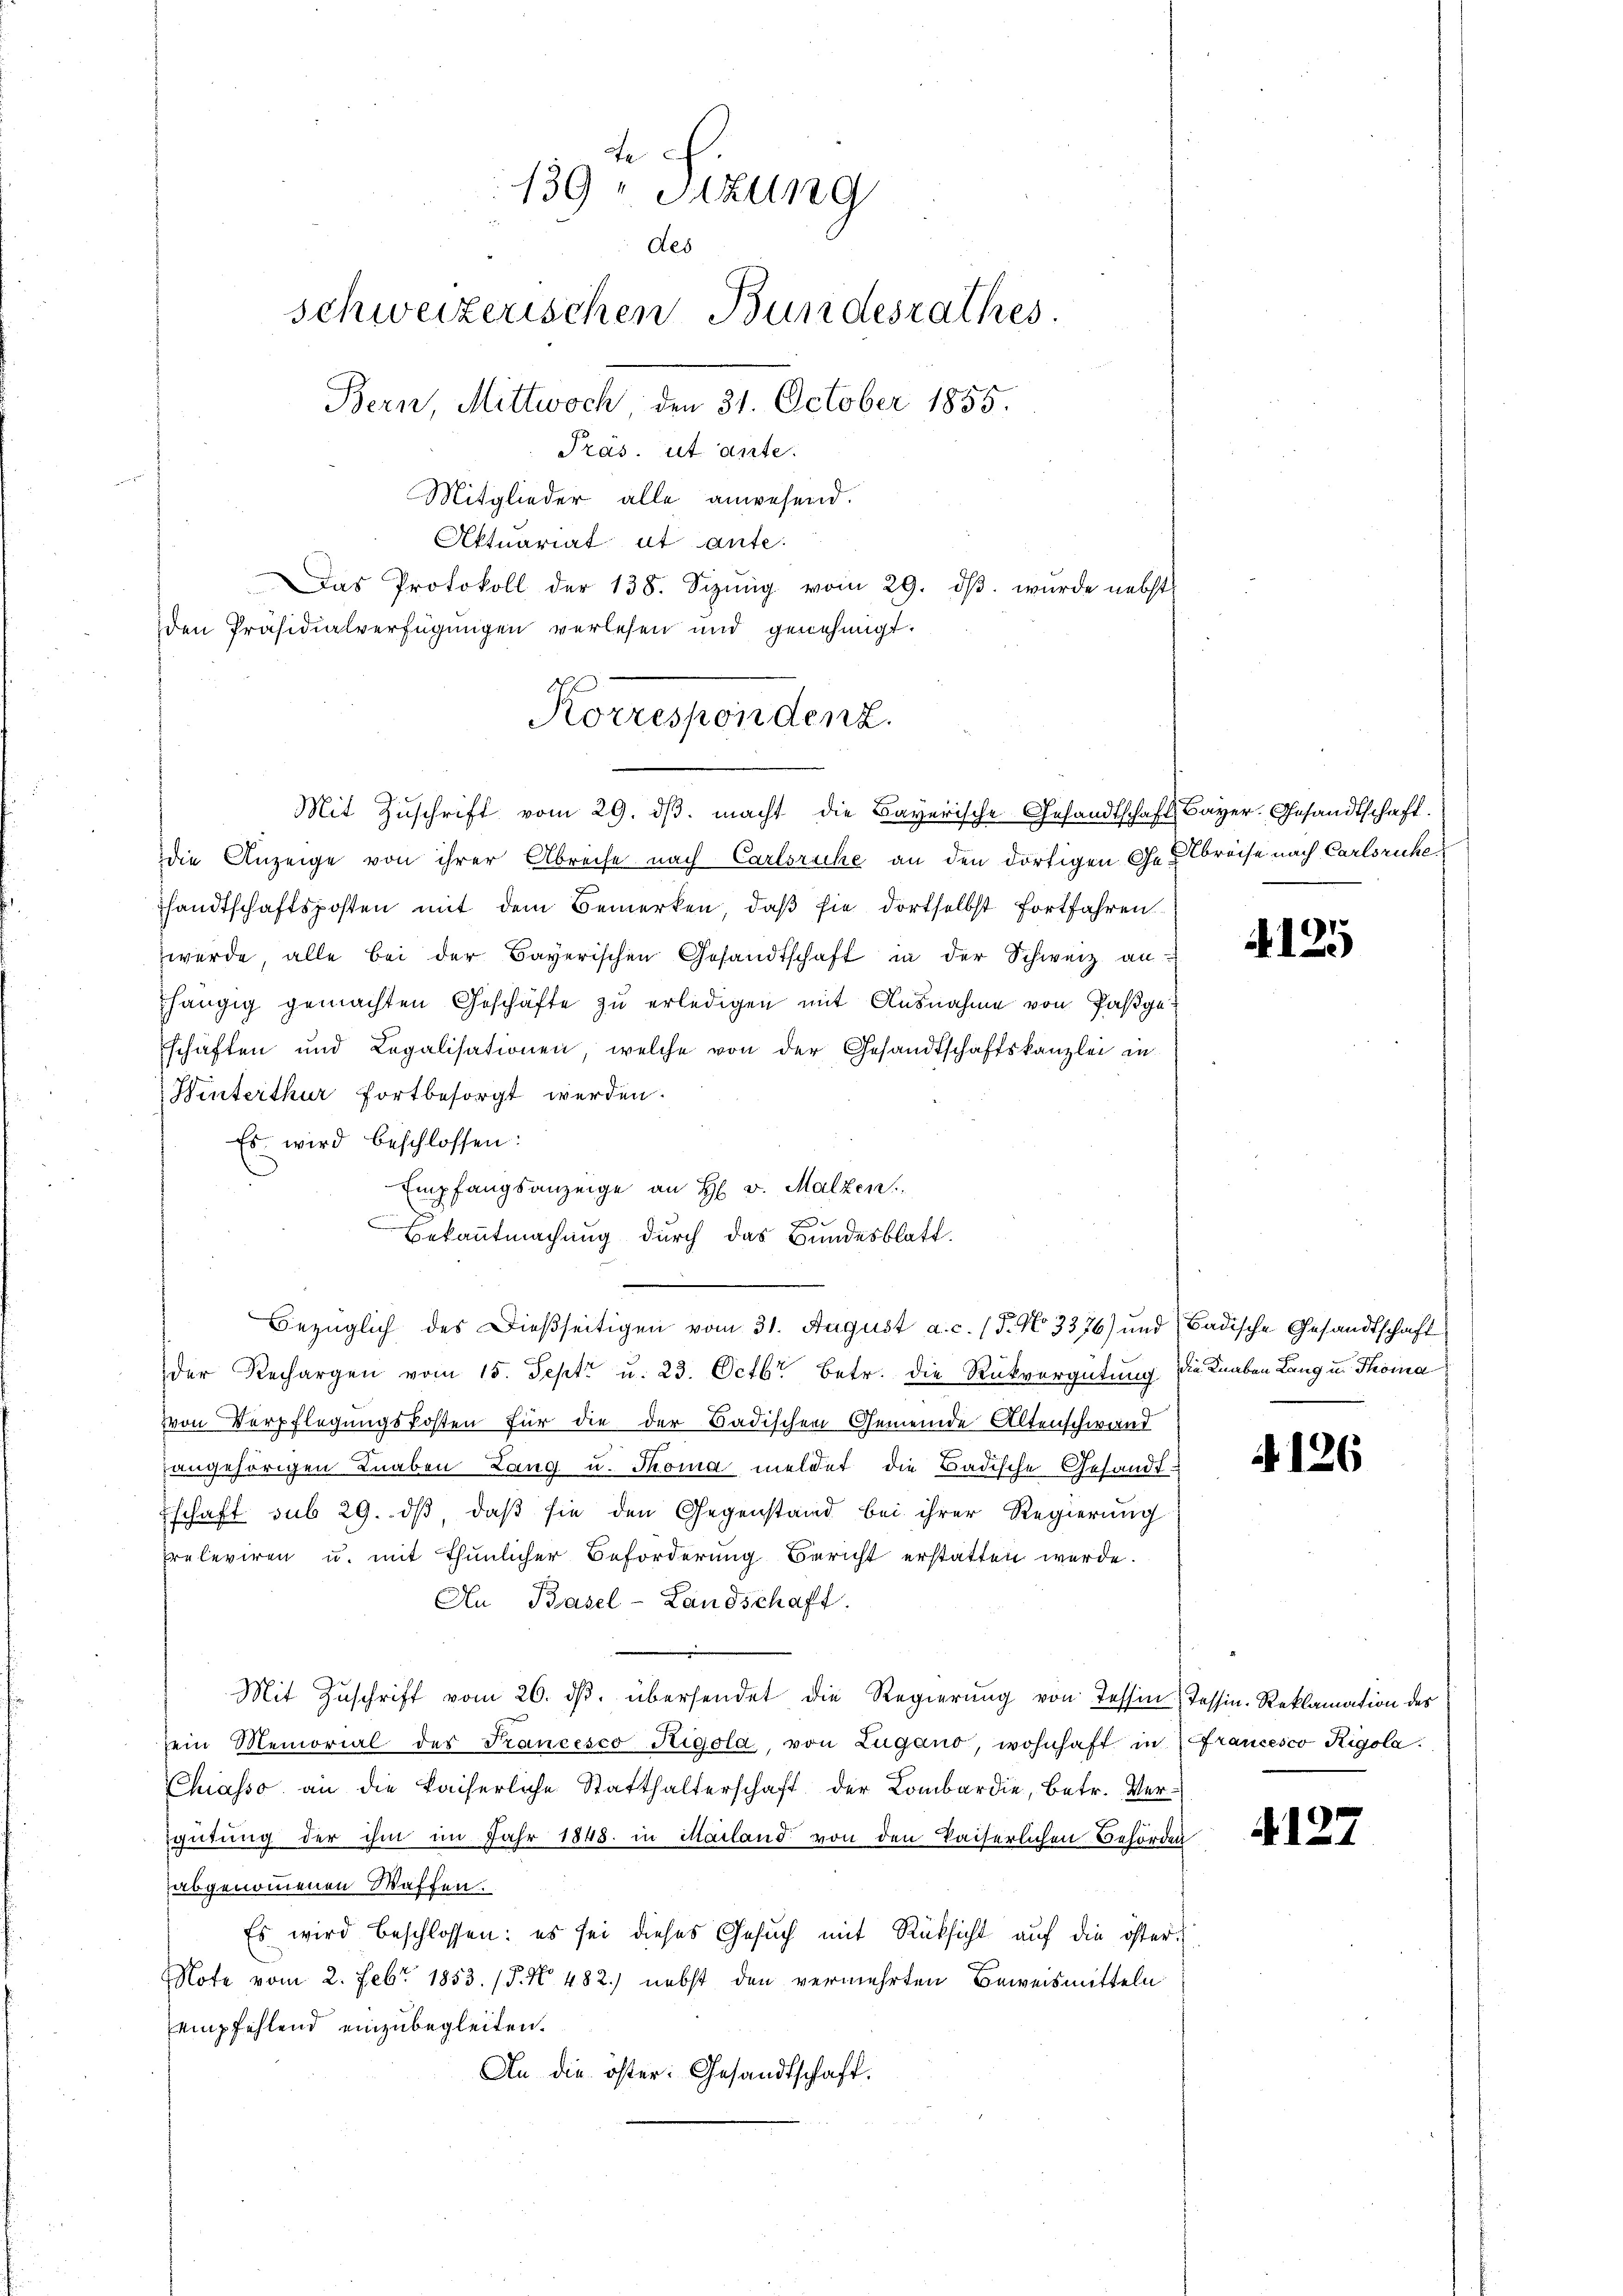
Korrespondenz.
Mit Zŭschrift vom 29. dβ. macht die Bayerische Gesandtschaft Bayer, Gesandtschaft.

139te Sizung
des
schweizerischen Bundesrathes.
Bern, Mittwoch, den 31. October 1855.
Präs. ut ante.
Mitglieder alle anwesend.
Aktuariat ut ante.
Das Protokoll der 138. Sizŭng vom 29. dβ. wurde nebst
den Präsidialverfügungen verlesen und genehmigt.

die Anzeige von ihrer Abreise nach Carlsruhe an den dortigen Gebreise nach Carlsruhe
sandtschaftsposten mit dem Bemerken, daß sie dortselbst fortfahren
werde, alle bei der Bayerischen Gesandtschaft in der Schweiz an
hängig gemachten Geschäfte zu erledigen mit Ausnahme von Paßgeschaften und Legalisationen, welche von der Gesandtschaftskanzlei in
Hinterthur fortbesorgt werden.
Es wird beschlossen:
Empfangsanzeige an H v. Malzen
Bekanntmachung durch das Bundesblatt.
.
der Rechargen vom 15. Sept. u. 23. Octbr. betr. die Rückvergütung die Knaben Lang u. Thoma
von Verpflegungskosten für die der Badischen Gemeinde Altenschwand
angehörigen Knaben Lang u. Thoma meldet die Badische Gesandtschaft sub 29. dβ, daß sie den Gegenstand bei ihrer Regierung
releviren u. mit thunlicher Beförderung Bericht erstatten werde.
An Basel-Landschaft.
Mit Zuschrift vom 26. ds. übersendet die Regierung von Tessin
sein Memorial des Francesco Rigola, von Zugano, wohnhaft in
Chiasso an die kaiserliche Statthalterschaft der Lombardie, betr. Vergütung der ihm im Jahr 1848. in Mailand von den kaiserlichen Behörden
abgenommenen Waffen.
Es wird beschlossen: es sei dieses Gesŭch mit Rüksicht auf die öster¬
Note vom 2. Febr. 1853. (§. N. 482) nebst den vermehrten Beweismitteln
empfehlend einzubegleiten.
An die öster: Gesandtschaft.

Bezüglich des Dießseitigen vom 31. August a. c. (T. No 3376) und Badische Gesandtschaft

4125

4126

Tessin. Reklamation des
Francesco Rigola.

4127